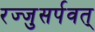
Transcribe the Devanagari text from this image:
रज्जुसर्पवत्‌